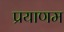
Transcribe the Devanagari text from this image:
प्रयाणम